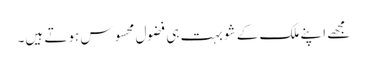
مجھے اپنے ملک کے شو بہت ہی فضول محسوس ہوتے ہیں۔